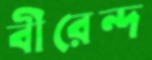
বীরেন্দ